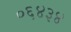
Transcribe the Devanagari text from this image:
०६४३४